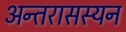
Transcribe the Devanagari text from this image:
अन्तरासस्यन